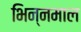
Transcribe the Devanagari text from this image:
भिन्‍नमाल